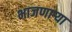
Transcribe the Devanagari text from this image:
भाजणाऱ्या